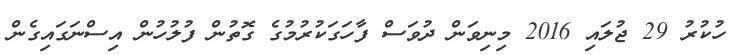
ހުކުރު 29 ޖުލައި 2016 މިނިވަން ދުވަސް ފާހަގަކުރުމުގެ ގޮތުން ފުލުހުން އިސްނަގައިގެން